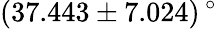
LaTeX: (37.443\pm 7.024)\, ^{\circ}